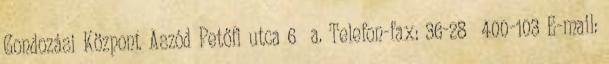
Gondozási Központ Aszód Petőfi utca 6 a. Telefon-fax: 36-28 400-103 E-mail: